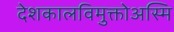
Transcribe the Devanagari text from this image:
देशकालविमुक्तोअस्मि